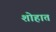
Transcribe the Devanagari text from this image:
शोहात